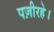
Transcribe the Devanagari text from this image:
पज़ीरहे।